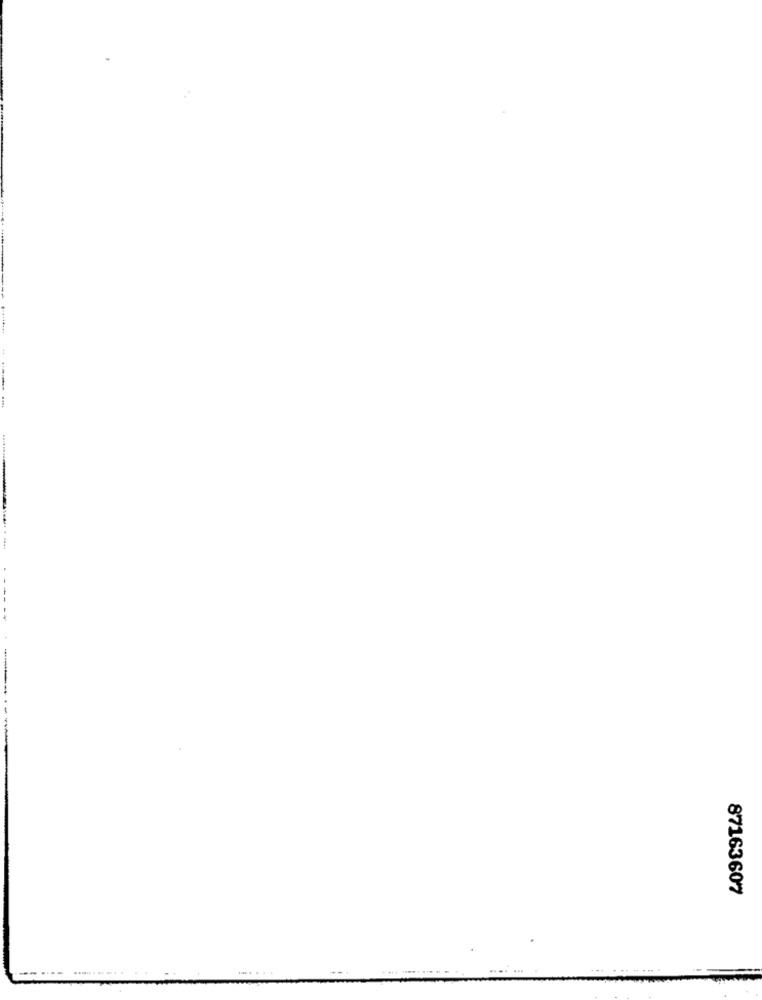
87163607
.... .